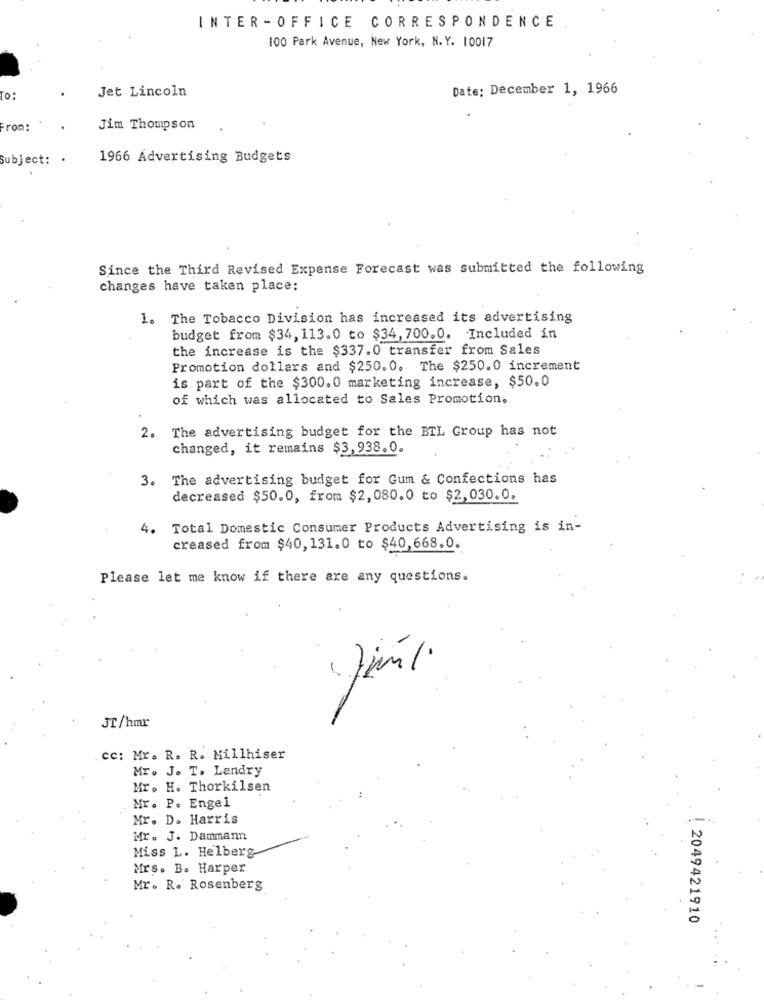
INTER -OFFICE CORRESPONDENCE
100 Park Avenue, New York, N.Y. 10017
Jet Lincoln
Date: December 1, 1966
To:
From:
Jim Thompson
Subject: .
1966 Advertising Budgets
Since the Third Revised Expense Forecast was submitted the following
changes have taken place:
1. The Tobacco Division has increased its advertising
budget from $34, 113.0 to $34,700.0. Included in
the increase is the $337.0 transfer from Sales
Promotion dollars and $250.0. The $250.0 increment
is part of the $300.0 marketing increase, $50.0
of which was allocated to Sales Promotion.
2. The advertising budget for the BIL Group has not
changed, it remains $3,938.0.
3. The advertising budget for Gum & Confections has
decreased $50.0, from $2,080.0 to $2,030.0.
4.
Total Domestic Consumer Products Advertising is in-
creased from $40, 131.0 to $40,668.0.
Please let me know if there are any questions.
JT/hmr
cc: Mr. R. R. Millhiser
Mr. J. T. Landry
Mr. H. Thorkilsen
Mr. P. Engel
Mr. D. Harris
Mr. J. Dammann
Miss L. Helberg
Mrs. B. Harper
Mr. R. Rosenberg
2049421910